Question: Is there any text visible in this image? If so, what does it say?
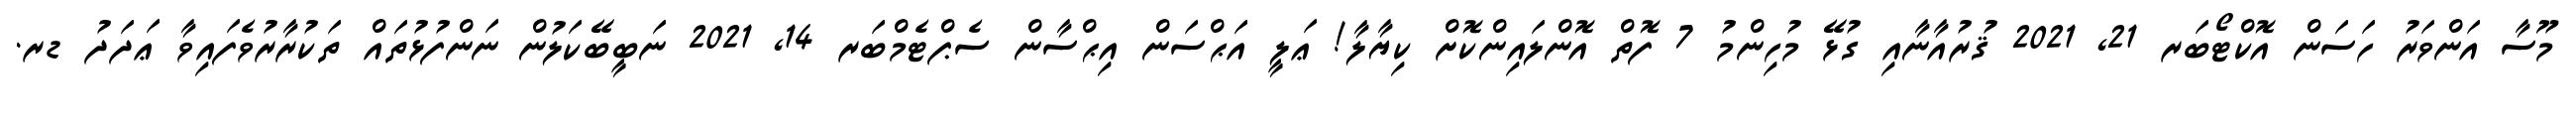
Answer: މޫސާ އަންވަރު ހަސަން އޮކްޓޯބަރ 21, 2021 ޤުރުއާނާއި ގުޅޭ މުހިންމު 7 ފޮތް އޮންލައިންކޮށް ކިޔާލާ! ޢަލީ އަޙްސަން އިޙްސާން ސެޕްޓެމްބަރ 14, 2021 ނަބީބޭކަލުން ނަންފުޅުތައް ތަކުރާރުވެފައިވާ ޢަދަދު ޑރ.